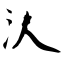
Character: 汄